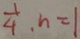
\frac { 1 } { 4 } , n = 1